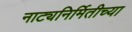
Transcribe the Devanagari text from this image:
नाट्यनिर्मितीच्या